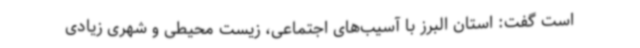
است گفت: استان البرز با آسیب‌های اجتماعی، زیست محیطی و شهری زیادی